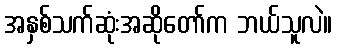
အနှစ်သက်ဆုံးအဆိုတော်က ဘယ်သူလဲ။